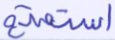
استمتع